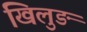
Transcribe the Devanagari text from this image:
खिलुङ